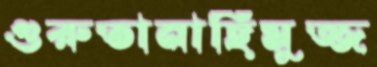
গুরুতানাছিমুজ্জ